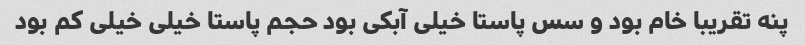
پنه تقریبا خام بود و سس پاستا خیلی آبکی بود حجم پاستا خیلی خیلی کم بود